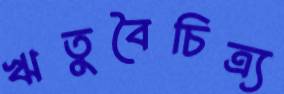
ঋতুবৈচিত্র্য